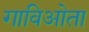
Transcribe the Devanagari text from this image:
गाविओता